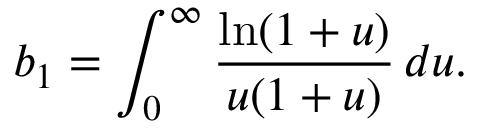
b _ { 1 } = \int _ { 0 } ^ { \infty } \frac { \ln ( 1 + u ) } { u ( 1 + u ) } \, d u .